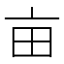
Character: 亩